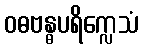
ဝဓဗန္ဓပရိက္လေသံ